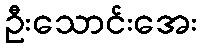
ဦးသောင်းအေး